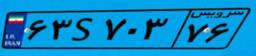
۶۳S۷۰۳۷۶